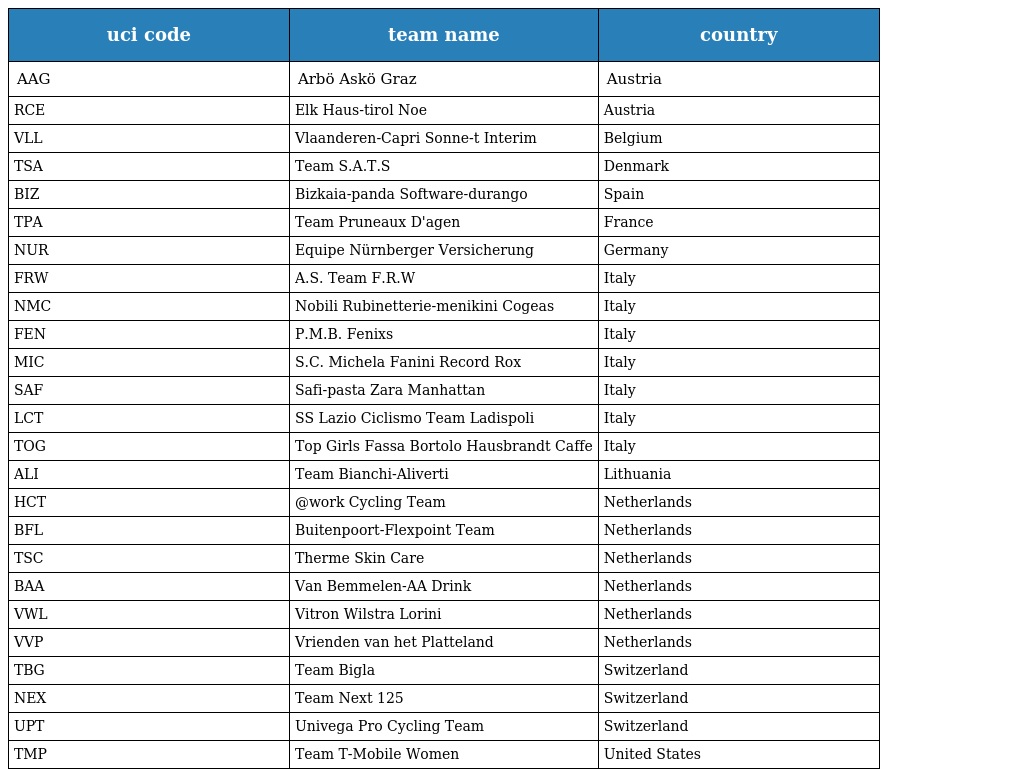
| uci code | team name | country |
 | --- | --- | --- |
 | AAG | Arbö Askö Graz | Austria |
 | RCE | Elk Haus-tirol Noe | Austria |
 | VLL | Vlaanderen-Capri Sonne-t Interim | Belgium |
 | TSA | Team S.A.T.S | Denmark |
 | BIZ | Bizkaia-panda Software-durango | Spain |
 | TPA | Team Pruneaux D'agen | France |
 | NUR | Equipe Nürnberger Versicherung | Germany |
 | FRW | A.S. Team F.R.W | Italy |
 | NMC | Nobili Rubinetterie-menikini Cogeas | Italy |
 | FEN | P.M.B. Fenixs | Italy |
 | MIC | S.C. Michela Fanini Record Rox | Italy |
 | SAF | Safi-pasta Zara Manhattan | Italy |
 | LCT | SS Lazio Ciclismo Team Ladispoli | Italy |
 | TOG | Top Girls Fassa Bortolo Hausbrandt Caffe | Italy |
 | ALI | Team Bianchi-Aliverti | Lithuania |
 | HCT | @work Cycling Team | Netherlands |
 | BFL | Buitenpoort-Flexpoint Team | Netherlands |
 | TSC | Therme Skin Care | Netherlands |
 | BAA | Van Bemmelen-AA Drink | Netherlands |
 | VWL | Vitron Wilstra Lorini | Netherlands |
 | VVP | Vrienden van het Platteland | Netherlands |
 | TBG | Team Bigla | Switzerland |
 | NEX | Team Next 125 | Switzerland |
 | UPT | Univega Pro Cycling Team | Switzerland |
 | TMP | Team T-Mobile Women | United States |